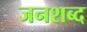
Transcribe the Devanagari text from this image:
जनशब्द